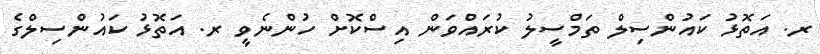
ރ. އަތޮޅު ކައުންސިލް ތަމްސީލު ކުރައްވަން އިސްކޮށް ހުންނެވީ ރ. އަތޮޅު ކައުންސިލްގެ